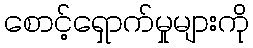
စောင့်ရှောက်မှုများကို